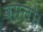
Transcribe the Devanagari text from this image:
वसलो।